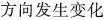
方向发生变化